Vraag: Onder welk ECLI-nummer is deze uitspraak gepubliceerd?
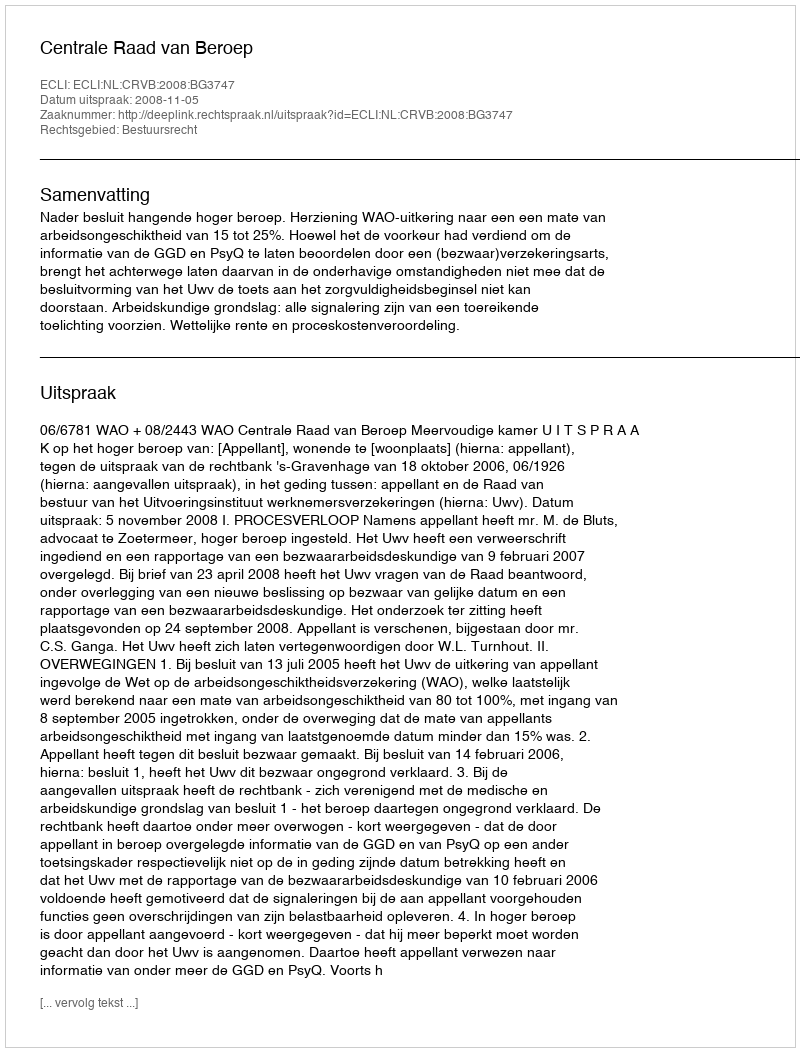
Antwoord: ECLI:NL:CRVB:2008:BG3747